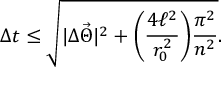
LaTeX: \Delta t \leq \sqrt { | \Delta \vec { \Theta } | ^ { 2 } + \biggl ( \frac { 4 \ell ^ { 2 } } { r _ { 0 } ^ { 2 } } \biggr ) \frac { \pi ^ { 2 } } { n ^ { 2 } } } .